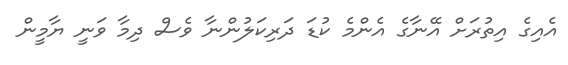
އެއިގެ އިތުރަށް އޭނާގެ އެންމެ ކުޑަ ދަރިކަލުންނާ ވެސް ދިމާ ވަނީ ޔާމީން